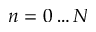
n = 0 \ldots N